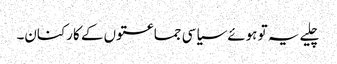
چلیے یہ تو ہوئے سیاسی جماعتوں کے کارکنان۔